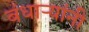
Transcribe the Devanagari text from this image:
बंधाऱ्यांनी